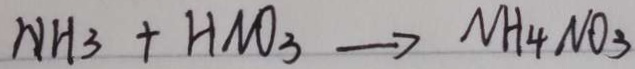
N H _ { 3 } + H N O _ { 3 } \rightarrow N H _ { 4 } N O _ { 3 }